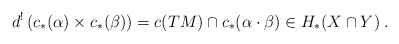
\begin{align*} d^!\left( c_*(\alpha) \times c_*(\beta) \right) = c(TM)\cap c_*(\alpha \cdot \beta) \in H_*(X\cap Y)\:. \end{align*}